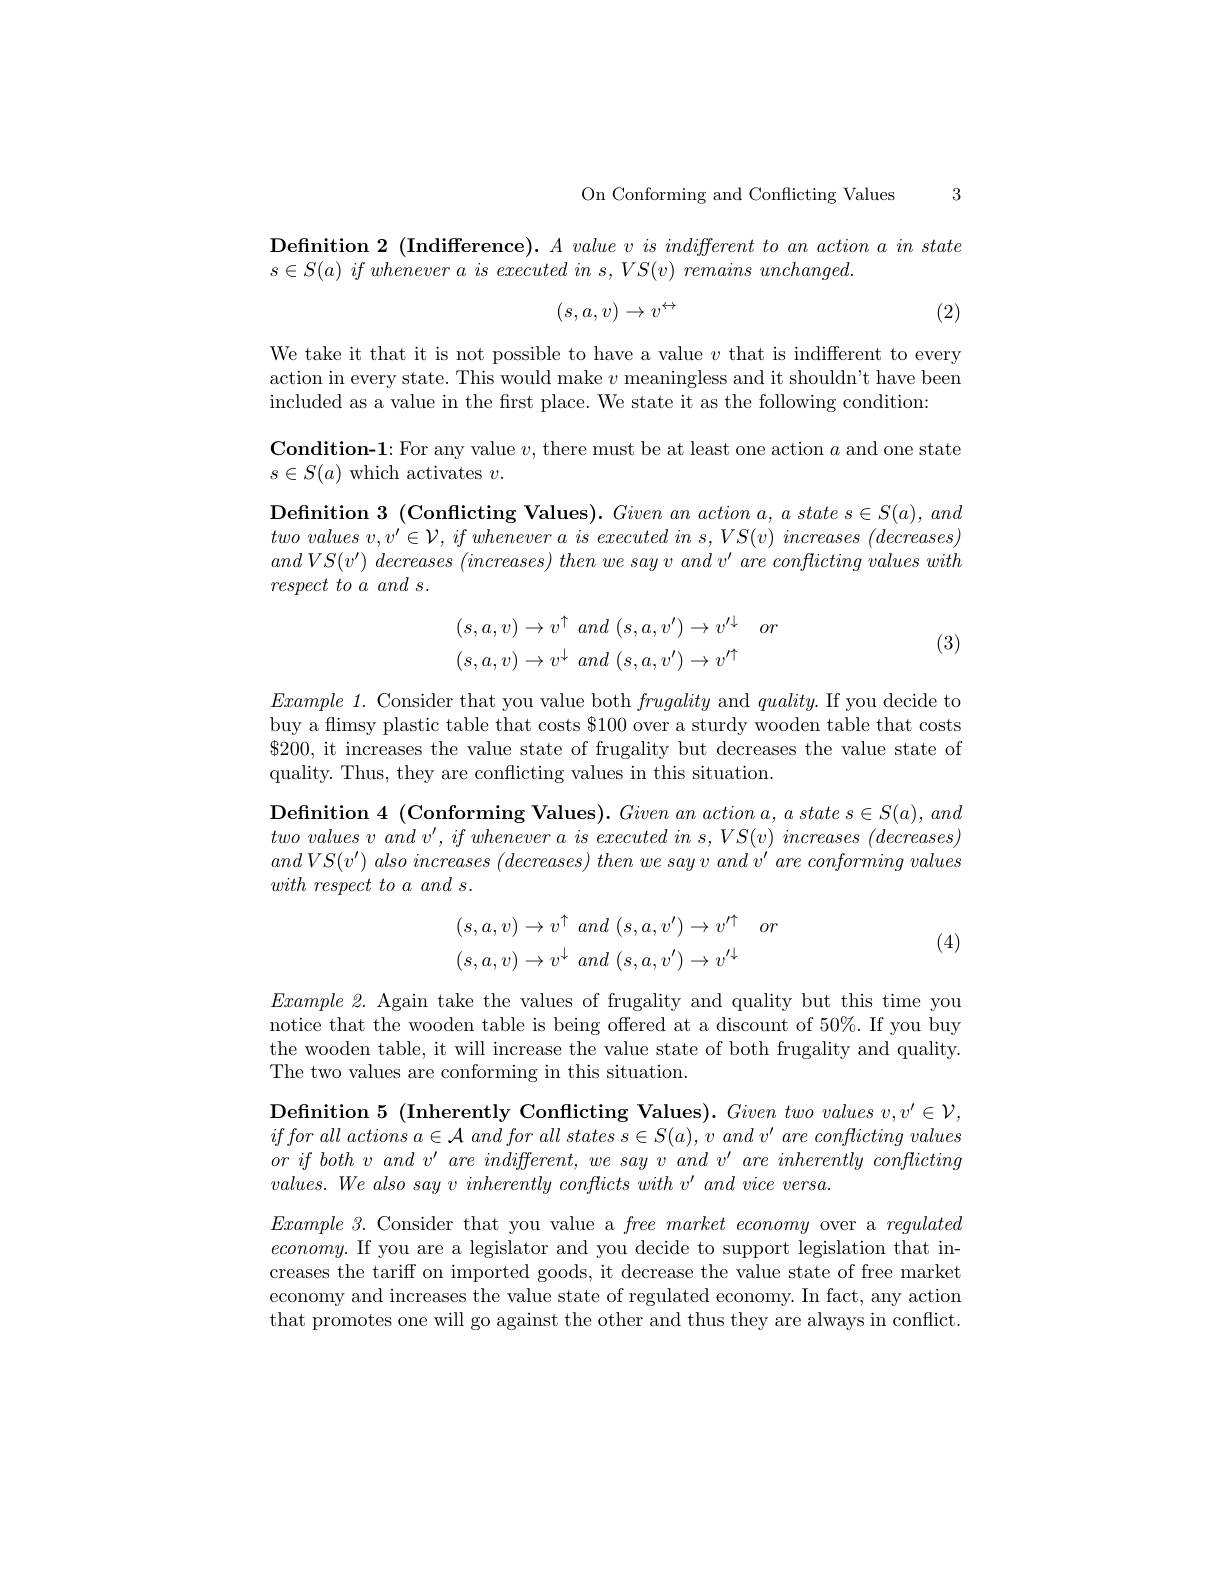
On Conforming and Conflicting Values 3

$\textbf{Definition 2}\left ( \text{Indifference) . }A\textit{value vis indifferent to an action a in state}\right )$
$s\in S( a) \textit{ if whenever a is executed in s, VS( v) remains unchanged. }$
$$(s,a,v)\to v^{\leftrightarrow}$$
(2)

We take it that it is not possible to have a value $v$ that is indifferent to every action in every state. This would make $v$ meaningless and it shouldn't have beem included as a value in the first place. We state it as the following condition:

$\textbf{Condition- 1: For any value }v$, there must be at least one action $a$ and one state
$s\in S(a)$ which activates $v.$
Definition 3 (Conflicting Values). Given an action a, a state s S(a), and two values $v, v^{\prime }\in \mathcal{V} $, $if$ whenever $a$ $is$ executed $in$ $s$, $VS( v)$ increases $( decreases)$ $andVS( v^{\prime })$ decreases $( increases)$ then $we$ say $v$ and $v^{\prime }$ are conflicting values with $respect\textit{ to a and s. }$
$$\begin{aligned}(s,a,v)&\to v^\uparrow\:and\:(s,a,v^{\prime})\to v^{\prime\downarrow}\quad or\\(s,a,v)&\to v^\downarrow\:and\:(s,a,v^{\prime})\to v^{\prime\uparrow}\end{aligned}$$
(3)

$Example~1.~$Consider that you value both frugality and $quality.$ If you decide to buy a flimsy plastic table that costs $100 over a sturdy wooden table that costs $\$200$, it increases the value state of frugality but decreases the value state of quality. Thus, they are conflicting values in this situation.

$\textbf{Definition 4 ( Conforming Values) . Given an action a, a state s S( a) , and}$ $two\textit{ values v and v' , if whenever a is executed in s, VS( v) increases ( decreases) }$ $andVS(v^{\prime})~also~increases~(decreases)~then~we~say~v~and~v^{\prime}~are~conforming~values$ $with\textit{ respect to a and s}.$
$$\begin{aligned}(s,a,v)&\to v^\uparrow\:and\:(s,a,v^{\prime})\to v^{\prime\uparrow}\quad or\\(s,a,v)&\to v^\downarrow\:and\:(s,a,v^{\prime})\to v^{\prime\downarrow}\end{aligned}$$
(4)

$Example2.$ Again take the values of frugality and quality but this time you notice that the wooden table is being offered at a discount of 50%. If you buy the wooden table, it will increase the value state of both frugality and quality The two values are conforming in this situation.

${\mathrm{Definition~5~(Inherently~Conflicting~Values).~}}Given~two~values~v,v^{\prime}\in{\mathcal{V}}$, iffor all actions $a\in \mathcal{A}$ and for all states $s\in S( a) $, $v$ and $v^{\prime }$ are conflicting values orifbothvand $v^{\prime }are$ $indifferent$, $we$ say $v$ and $v^{\prime }are$ inherently conflicting $values. We\textit{ also say v inherently conflicts with v' and vice versa. }$

$Example3.$ Consider that you value a free market economy over a regulated $economy.$ If you are a legislator and you decide to support legislation that increases the tariff on imported goods, it decrease the value state of free market economy and increases the value state of regulated economy. In fact, any action that promotes one will go against the other and thus they are always in conflict.